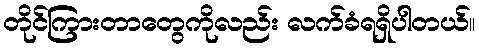
တိုင်ကြားတာတွေကိုလည်း လက်ခံရရှိပါတယ်။